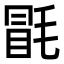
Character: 毷